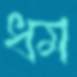
ধম